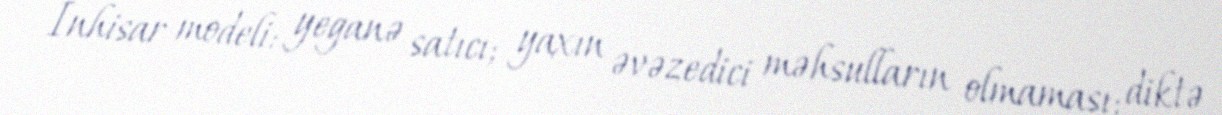
İnhisar modeli: yeganə satıcı; yaxın əvəzedici məhsulların olmaması; diktə